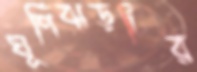
ঘূর্ণিঝড়টির